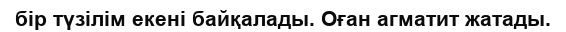
бір түзілім екені байқалады. Оған агматит жатады.